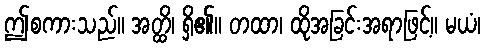
ဤစကားသည်။ အတ္ထိ၊ ရှိ၏။ တထာ၊ ထိုအခြင်းအရာဖြင့်။ မယံ၊